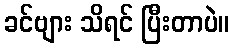
ခင်ဗျား သိရင် ပြီးတာပဲ။